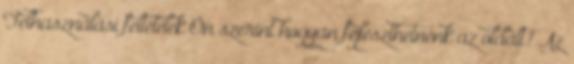
Felhasználási feltételek Ön szerint hogyan fejleszthetnénk az oldalt? Az